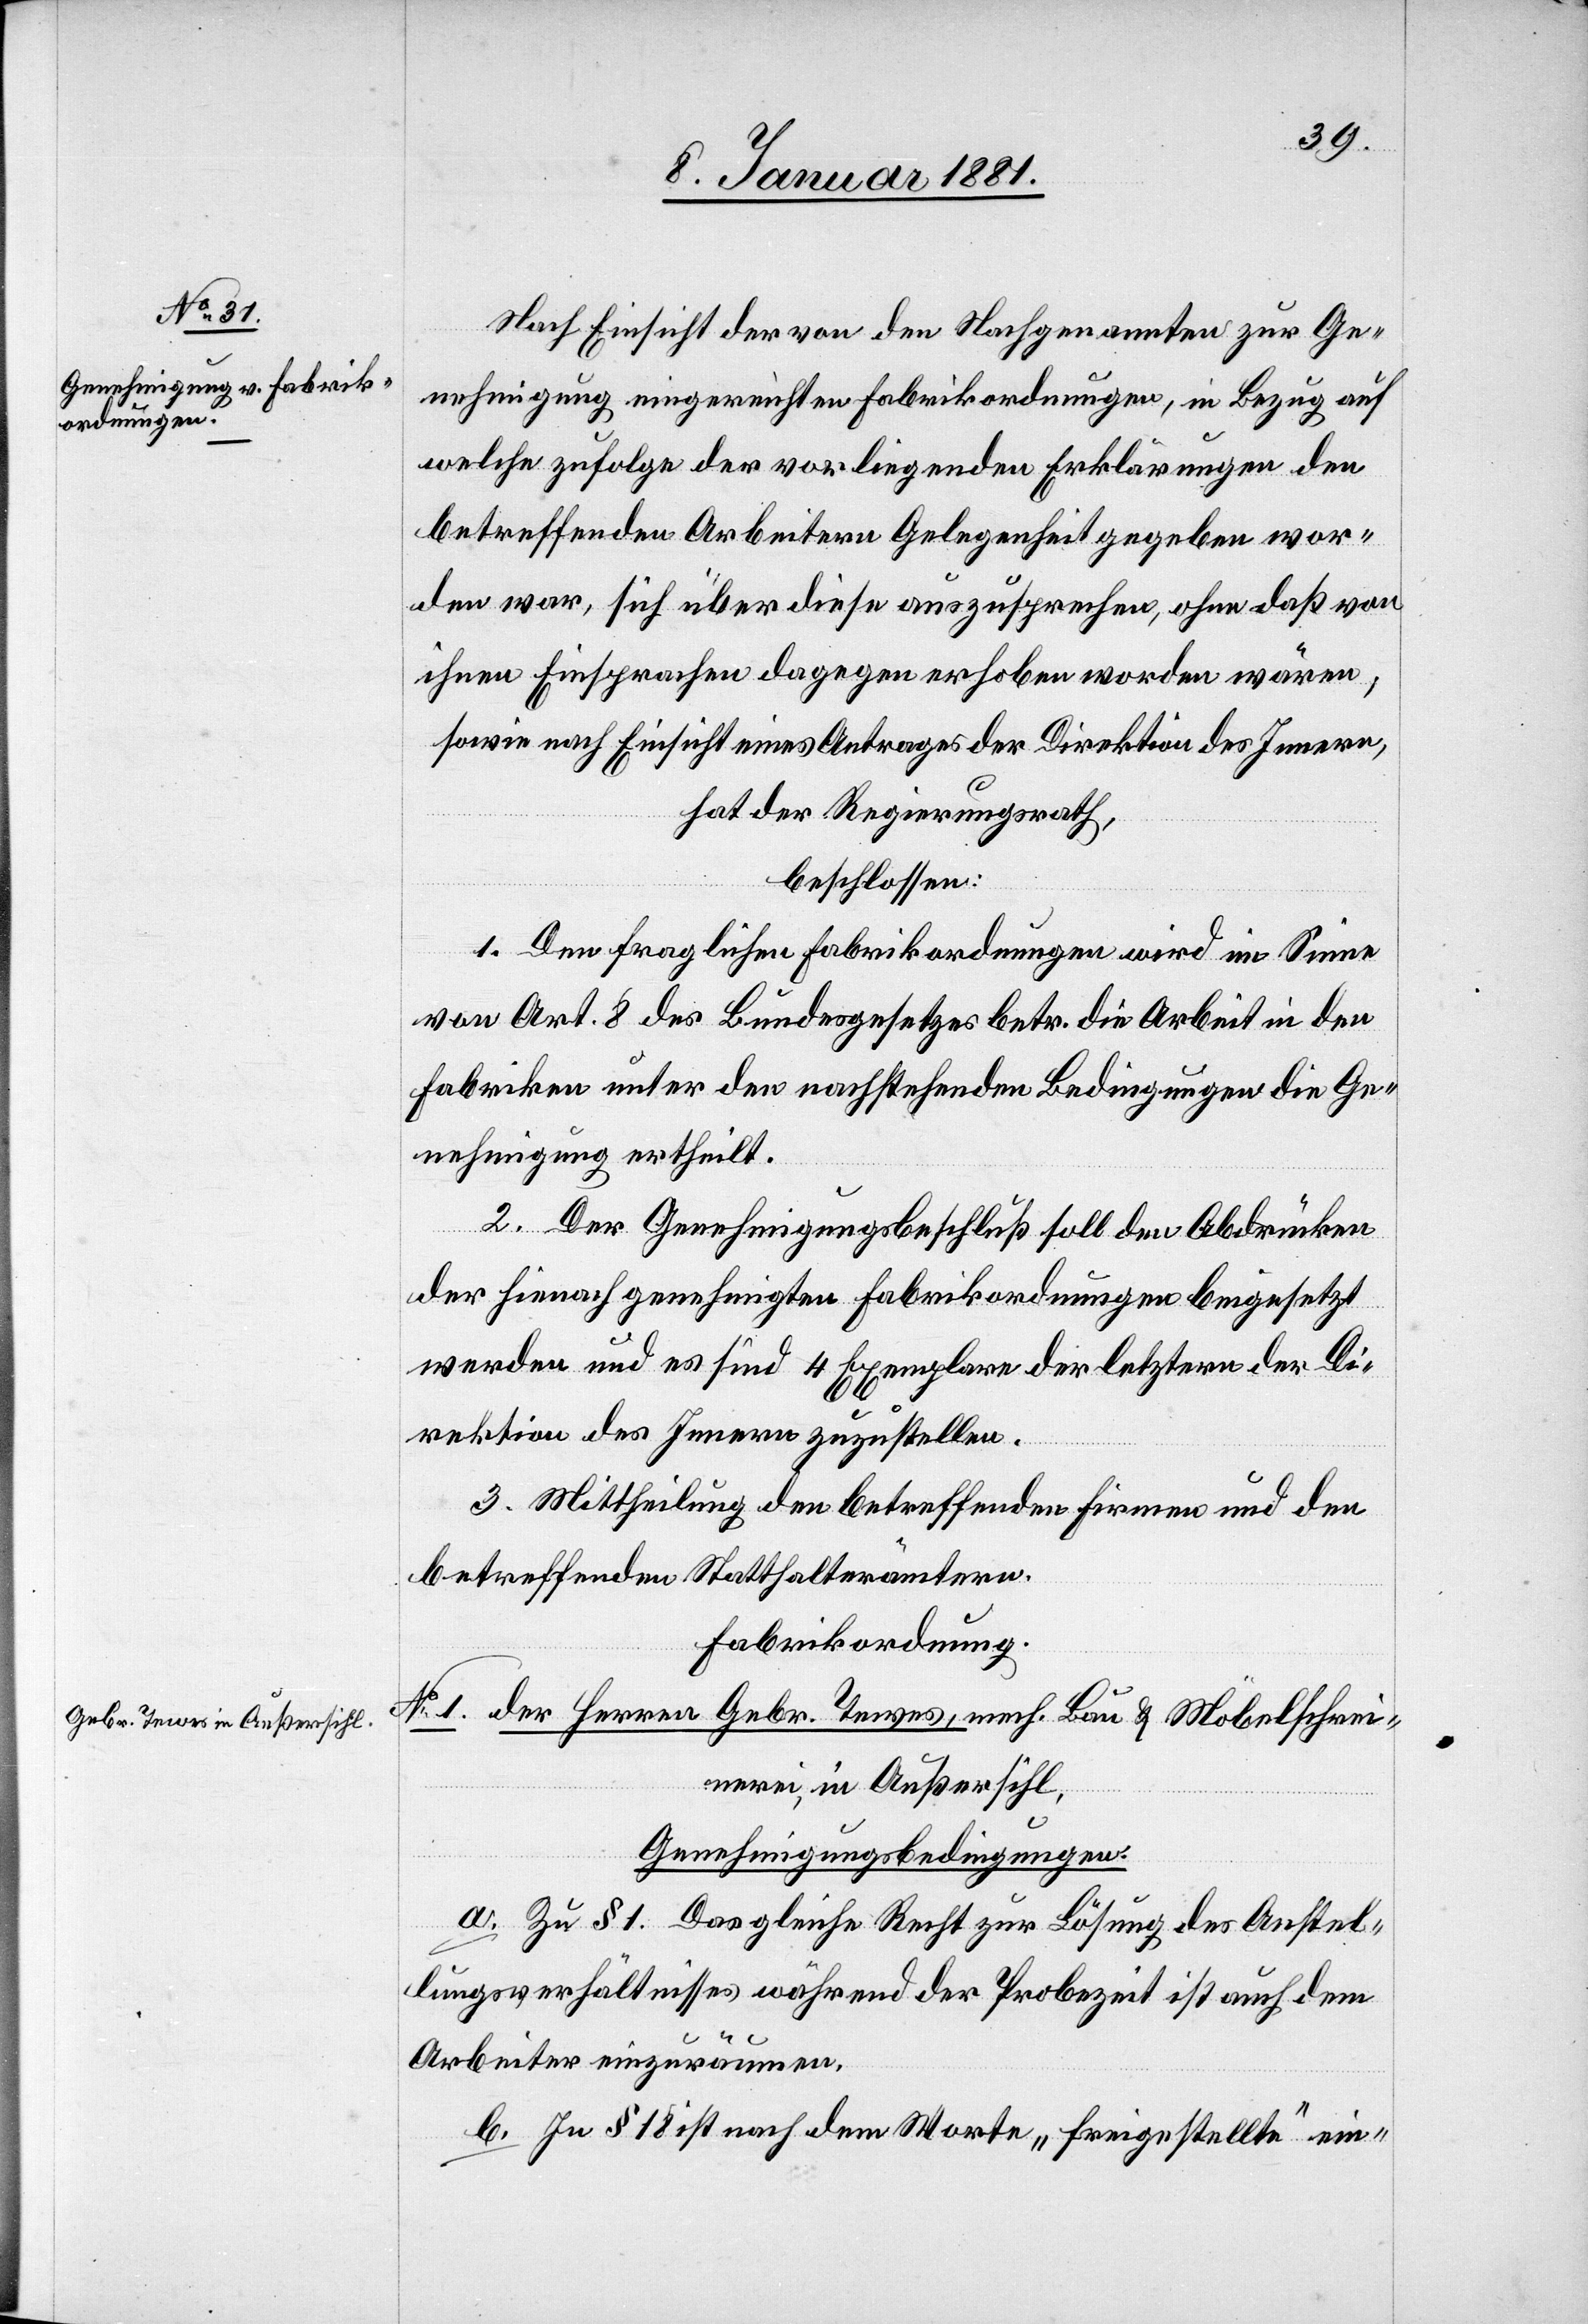
Nach Einsicht der von den Nachgenannten zur Ge¬
nehmigung eingereichten Fabrikordnungen, in Bezug auf
welche zufolge der vorliegenden Erklärungen den
betreffenden Arbeitern Gelegenheit gegeben wor¬
den war, sich über diese auszusprechen, ohne daß von
ihnen Einsprachen dagegen erhoben worden wären,
sowie nach Einsicht eines Antrages der Direktion des Innern,
hat der Regierungsrath,
beschlossen:
1. Den fraglichen Fabrikordnungen wird im Sinne
von Art. 8 des Bundesgesetzes betr. die Arbeit in den
Fabriken unter den nachstehenden Bedingungen die Ge¬
nehmigung ertheilt.
2. Der Genehmigungsbeschluß soll den Abdrücken
der hienach genehmigten Fabrikordnungen beigesetzt
werden und es sind 4 Exemplare der letztern der Di¬
rektion des Innern zuzustellen.
3. Mittheilung den betreffenden Firmen und den
betreffenden Statthalterämtern.+
Fabrikordnung.
No 1. der Herren Gebr. Teves, mech. Bau[-] & Möbelschrei¬
nerei, in Außersihl,
Genehmigungsbedingungen.
a. Zu § 1. Das gleiche Recht zur Lösung des Anstel¬
lungsverhältnisses während der Probezeit ist auch dem
Arbeiter einzuräumen.
b. In § 18 ist nach dem Worte „Freigestellte“ ein-